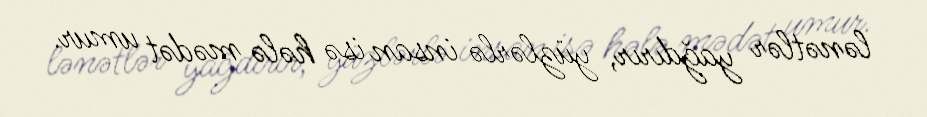
lənətlər yağdırır, yüzlərlə insan isə hələ mədət umur.